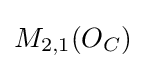
M_{2,1}(O_{C})